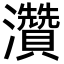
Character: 灒